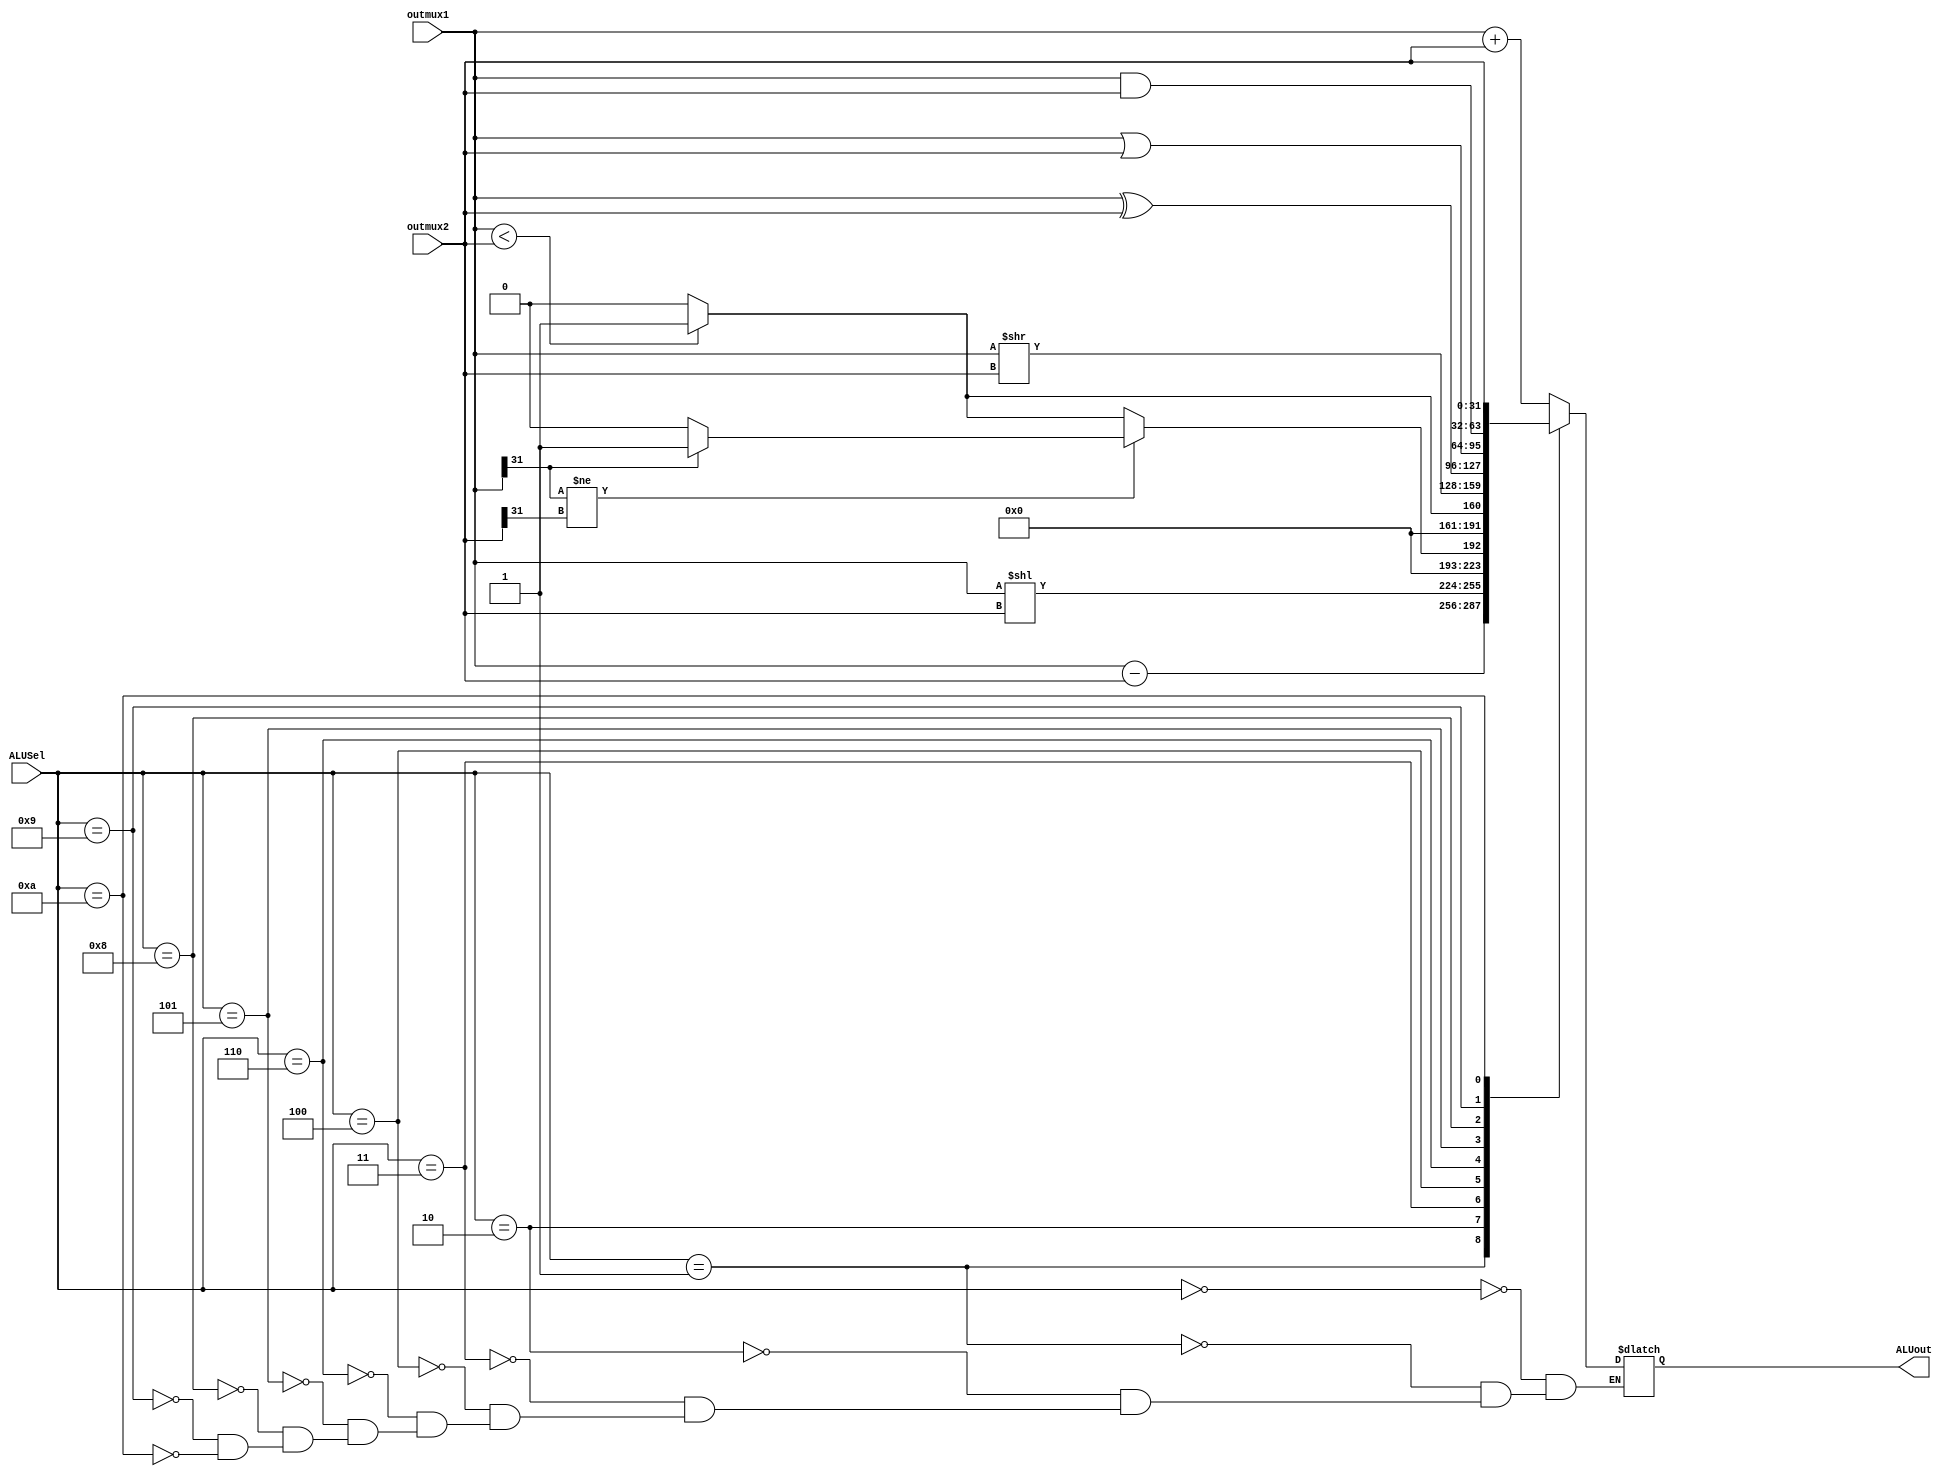
module ALU( outmux1,outmux2, ALUSel, ALUout);
input [3:0] ALUSel;
input [31:0] outmux1,outmux2;
output reg [31:0] ALUout;
always@(*)
begin
case (ALUSel)
4'b0000: ALUout = outmux1+outmux2 ;
4'b0001: ALUout = outmux1-outmux2;
4'b0010: ALUout = outmux1<<outmux2;
4'b0011: begin
	if(outmux1[31]!= outmux2[31])
	ALUout = (outmux1[31] == 1)? 32'd1:32'd0;
	else
	ALUout = (outmux1 < outmux2)? 32'd1: 32'd0;
	end
//ALUout= (outmux1<outmux2)?32'd1:32'd0;
4'b0100: ALUout= (outmux1<outmux2)?32'd1:32'd0;
4'b0110: ALUout= outmux1>>outmux2;


4'b0101: ALUout= outmux1^outmux2;
4'b1000: ALUout= outmux1|outmux2;
4'b1001: ALUout= outmux1&outmux2;
4'b1010: ALUout = outmux2;
        endcase
end
endmodule